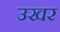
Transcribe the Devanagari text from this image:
उखर